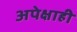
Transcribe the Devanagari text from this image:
अपेक्षाही